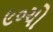
૯૦ચો